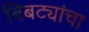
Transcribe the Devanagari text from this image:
बिबट्यांचा